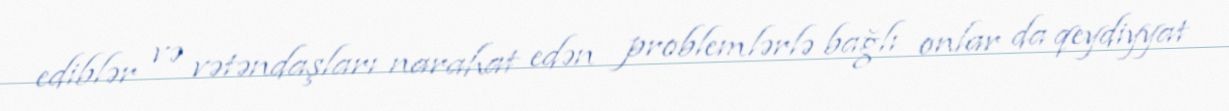
ediblər və vətəndaşları narahat edən problemlərlə bağlı onlar da qeydiyyat